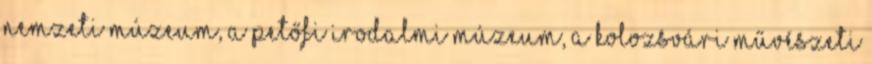
Nemzeti Múzeum, a Petőfi Irodalmi Múzeum, a Kolozsvári Művészeti